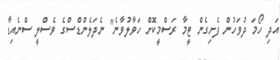
އަދި ހޯމަ ދުވަހުން ފެށިގެން ޓީމާ ރަސްމީކޮށް ހަވާލުވާނެ" ނެދަލެންޑްސްގެ ވެސްލީ ސްނެއިޑާ